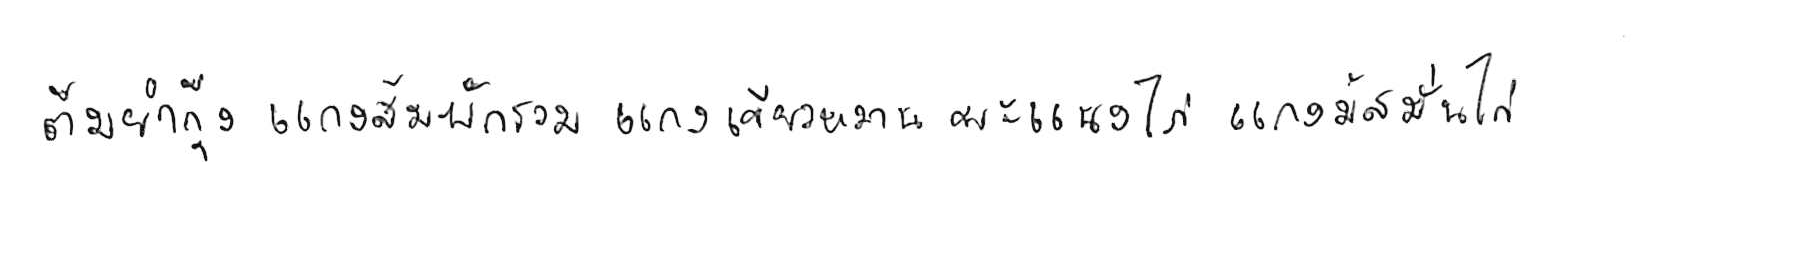
ต้มยำกุ้ง แกงส้มผักรวม แกงเขียวหวาน พะแนงไก่ แกงมัสมั่นไก่